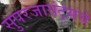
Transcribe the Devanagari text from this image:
सुपरजायंट्सचे